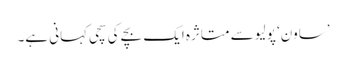
’ساون‘ پولیو سے متاثرہ ایک بچے کی سچی کہانی ہے۔